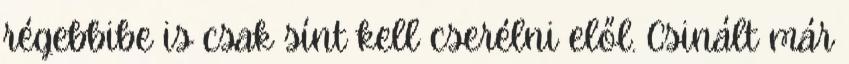
régebbibe is csak sínt kell cserélni elől. Csinált már